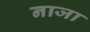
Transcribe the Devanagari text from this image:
नाजा